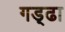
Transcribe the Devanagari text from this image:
गड़्ढा